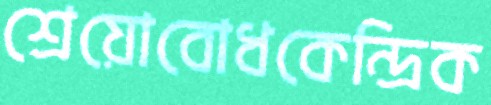
শ্রেয়োবোধকেন্দ্রিক